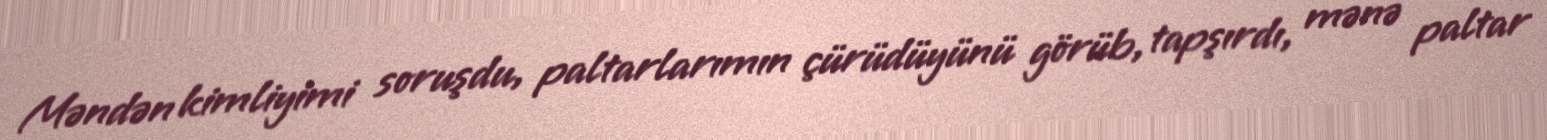
Məndən kimliyimi soruşdu, paltarlarımın çürüdüyünü görüb, tapşırdı, mənə paltar